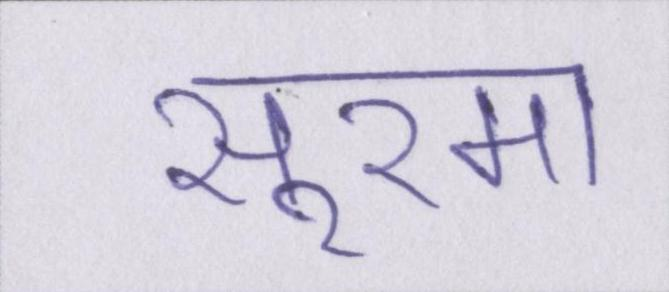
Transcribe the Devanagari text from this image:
सूरमा